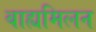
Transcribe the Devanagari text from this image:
बाह्यमिलन